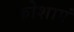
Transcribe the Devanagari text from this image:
कोशाएं